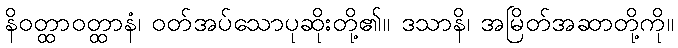
နိဝတ္ထာဝတ္ထာနံ၊ ဝတ်အပ်သောပုဆိုးတို့၏။ ဒသာနိ၊ အမြိတ်အဆာတို့ကို။